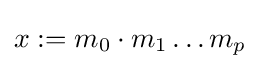
x:=m_{0}\cdot m_{1}\dots m_{p}